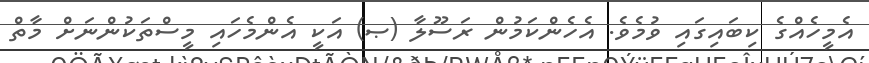
އެމީހެއްގެ ކިބައިގައި ވުމެވެ. އެހެންކަމުން ރަސޫލާ (ޞ) އަކީ އެންމެހައި މީސްތަކުންނަށް މާތް